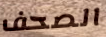
الصحف